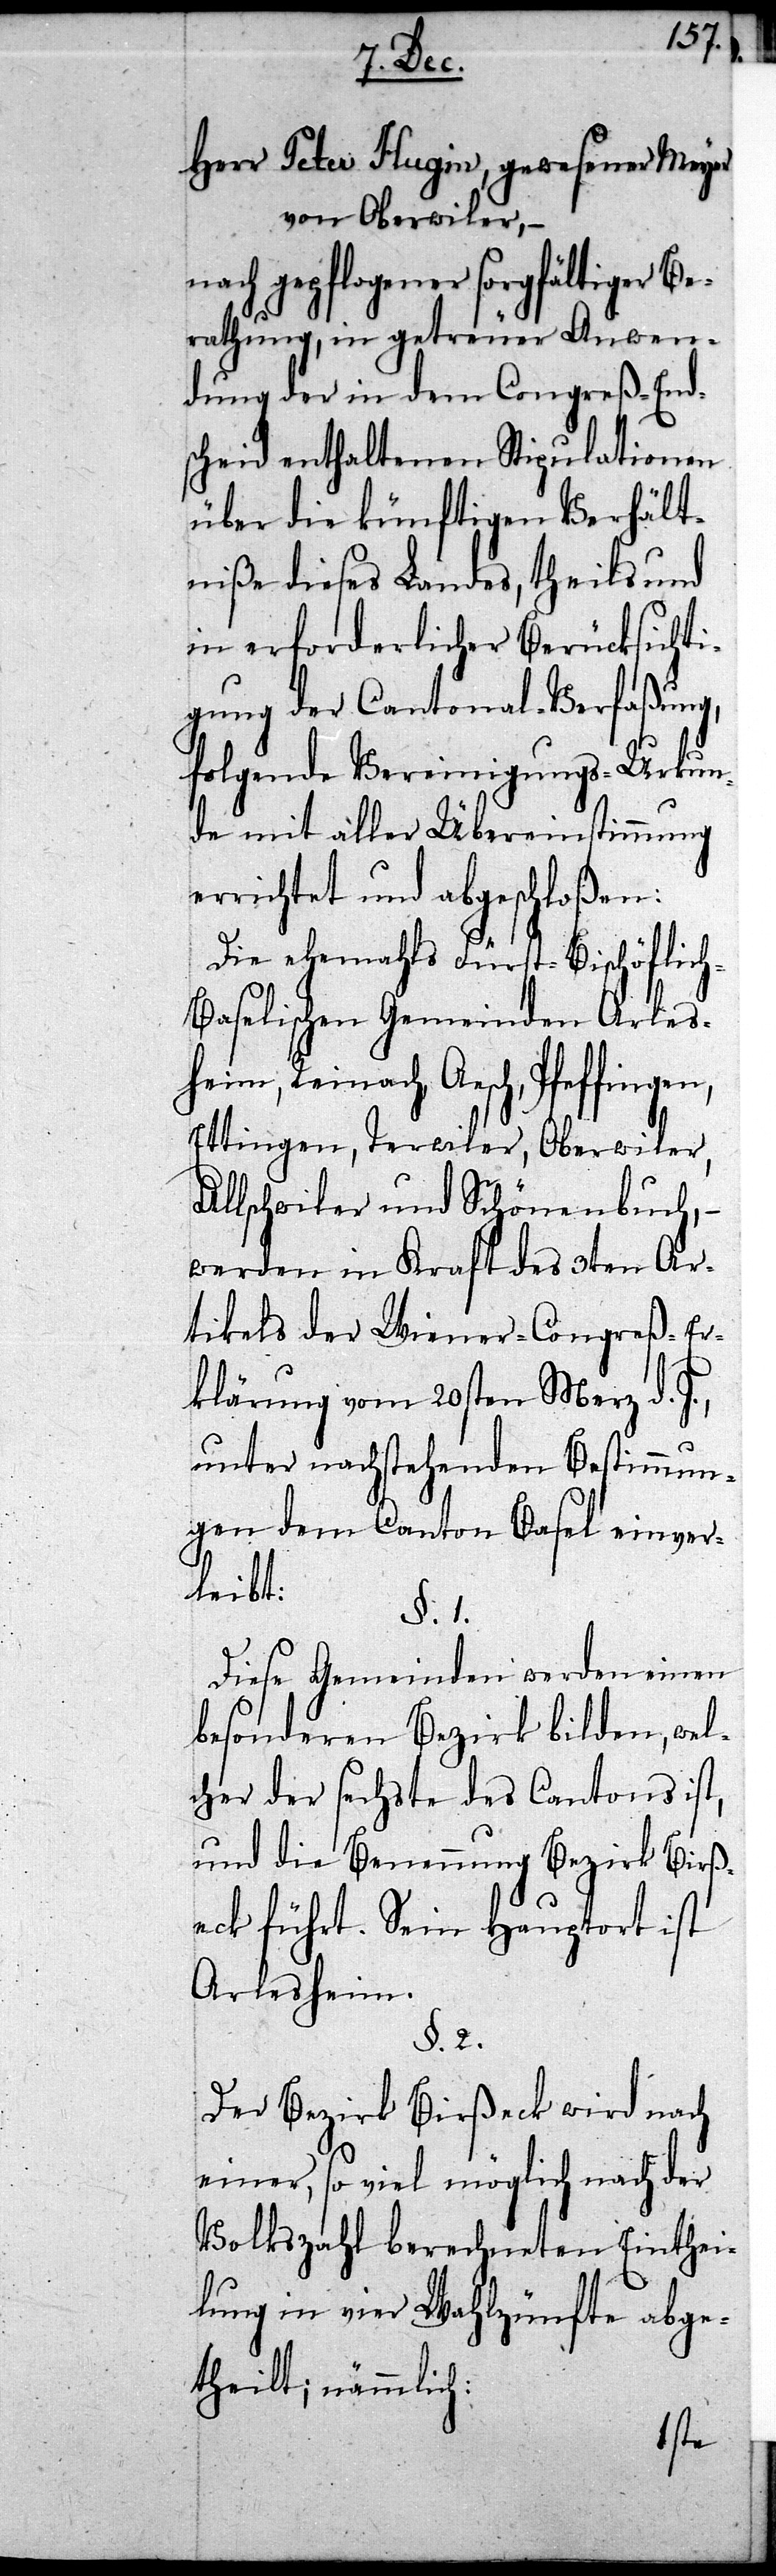
t,
Herr Peter Hugin, gewesener Meyer
von Oberwiler, –
nach gepflogener sorgfältiger Be¬
rathung, in getreuer Anwen¬
dung der in dem Congreß-Ends¬
cheid enthaltenen Stipulationen
über die künftigen Verhält¬
niße dieses Landes, theils und
in erforderlicher Berücksichti¬
gung der Cantonal-Verfaßung,
folgende Vereinigungs-Urkun¬
de mit aller Übereinstimmung
errichtet und abgeschloßen:
Die ehemahls Fürst-Bischöflich-B¬
aselischen Gemeinden Arles¬
heim, Reinach, Aesch, Pfeffingen,
Ettingen, Terwiler, Oberwiler,
Allschwiler und Schönenbuch, –
werden in Kraft des 3ten Ar¬
tikels der Wiener-Congreß-Er¬
klärung vom 20sten Merz d.
unter nachstehenden Bestimmun¬
gen dem Canton Basel einver¬
leibt:
§. 1.
Diese Gemeinden werden einen
besonderen Bezirk bilden, wel¬
cher der sechste des Cantons is¬
und die Benennung Bezirk Birß¬
eck führt. Sein Hau¬
ist
Arlesheim.
§. 2.
Der Bezirk Birßeck wird nach
einer, so viel möglich nach der
Volkszahl berechneten Einthei¬
lung in vier Wahlzünfte abge¬
theilt; nämmlich: